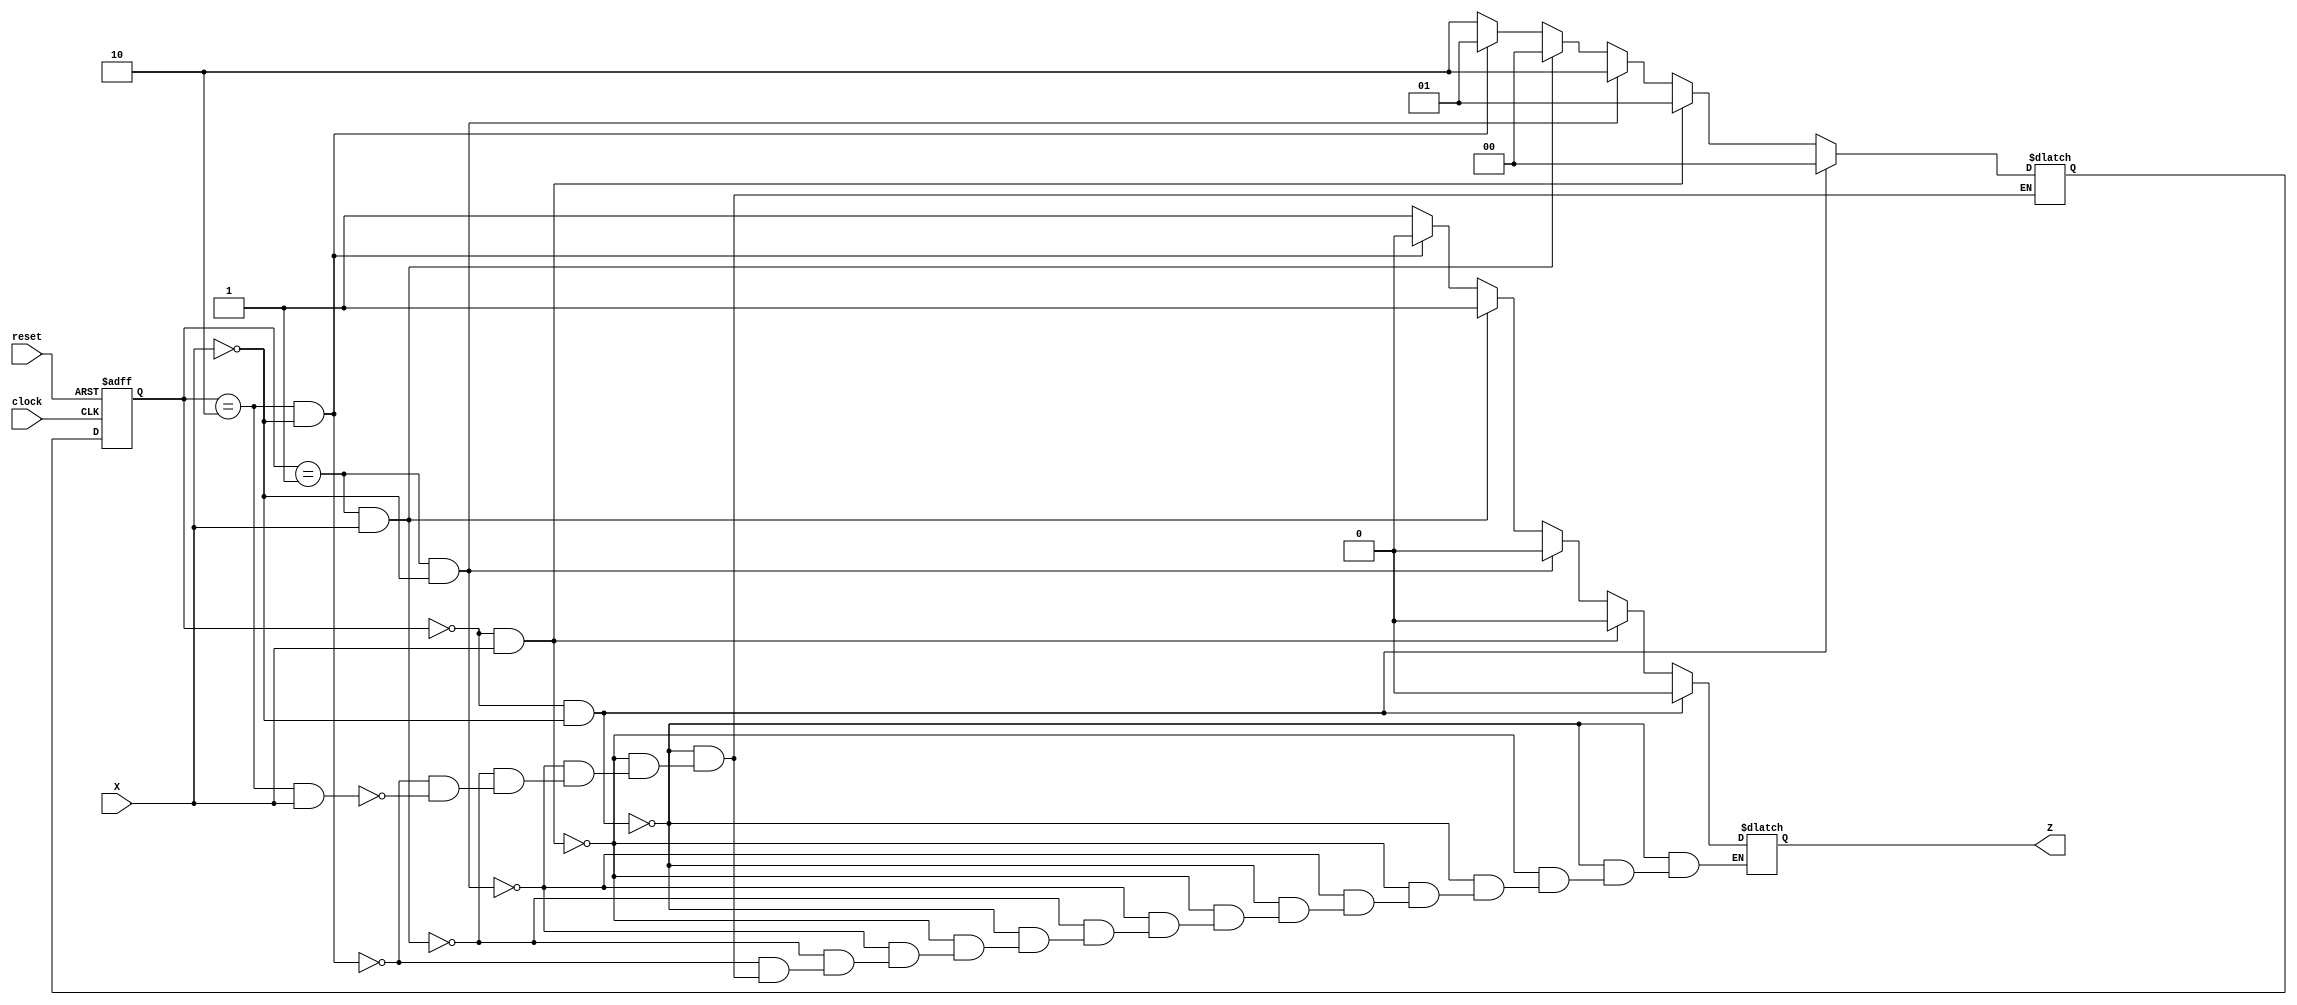
module seqDivide3_1 (
    input X,
    input reset,
    input clock,
    output reg Z
    );
    reg [1 : 0] Sp, Sn;
    // state parameters
    parameter s0 = 2'b00;
    parameter s1 = 2'b01;
    parameter s2 = 2'b10;

    // next state logic
    always @(*) begin
        if(Sp == s0 && X == 0) Sn <= s0;
        else if(Sp == s0 && X == 1) Sn <= s1;
        else if(Sp == s1 && X == 0) Sn <= s2;
        else if(Sp == s1 && X == 1) Sn <= s0;
        else if(Sp == s2 && X == 0) Sn <= s1;
        else if(Sp == s2 && X == 1) Sn <= s2;
    end

    // state update
    always @(posedge clock, posedge reset) begin
        if(reset) Sp <= s0;
        else Sp <= Sn;
    end

    // output logic
    always @(*) begin
        if(Sp == s0 && X == 0) Z = 0;
        else if(Sp == s0 && X == 1) Z = 0;
        else if(Sp == s1 && X == 0) Z = 0;
        else if(Sp == s1 && X == 1) Z = 1;
        else if(Sp == s2 && X == 0) Z = 0;
        else if(Sp == s2 && X == 1) Z = 1;
    end

endmodule
module seqDivide3 #(parameter integer WIDTH = 4) (
    input [WIDTH - 1 : 0] X,
    input reset,
    input clock,
    output reg [WIDTH - 1 : 0] Z
    );
    integer i;
    reg x;
    reg z;

    seqDivide3_1 M(.X(x), .reset(reset), .clock(clock), .Z(z));

    for(i = WIDTH - 1; i >= 0; i = i - 1) begin
        assign x = X[i];
        assign Z[i] = z;
    end

endmodule